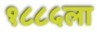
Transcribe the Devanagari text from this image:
१८८५ला